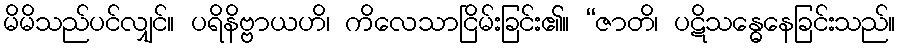
မိမိသည်ပင်လျှင်။ ပရိနိဗ္ဗာယဟိ၊ ကိလေသာငြိမ်းခြင်း၏။ “ဇာတိ၊ ပဋိသန္ဓေနေခြင်းသည်။